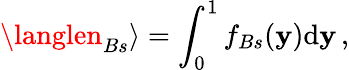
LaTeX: \langlen_{Bs}\rangle=\int_{0}^{1}f_{Bs}(\mathbf{y})\mathrm{d}\mathbf{y}\, ,